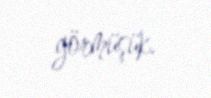
görmüşük.